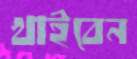
খাইবেন